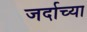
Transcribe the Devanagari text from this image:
जर्दाच्या